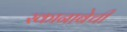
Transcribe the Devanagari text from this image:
स्कानाबेची